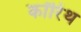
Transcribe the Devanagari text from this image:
कॉरिंथ